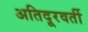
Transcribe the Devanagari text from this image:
अतिदूरवर्ती